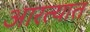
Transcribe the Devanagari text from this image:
आरत्यात